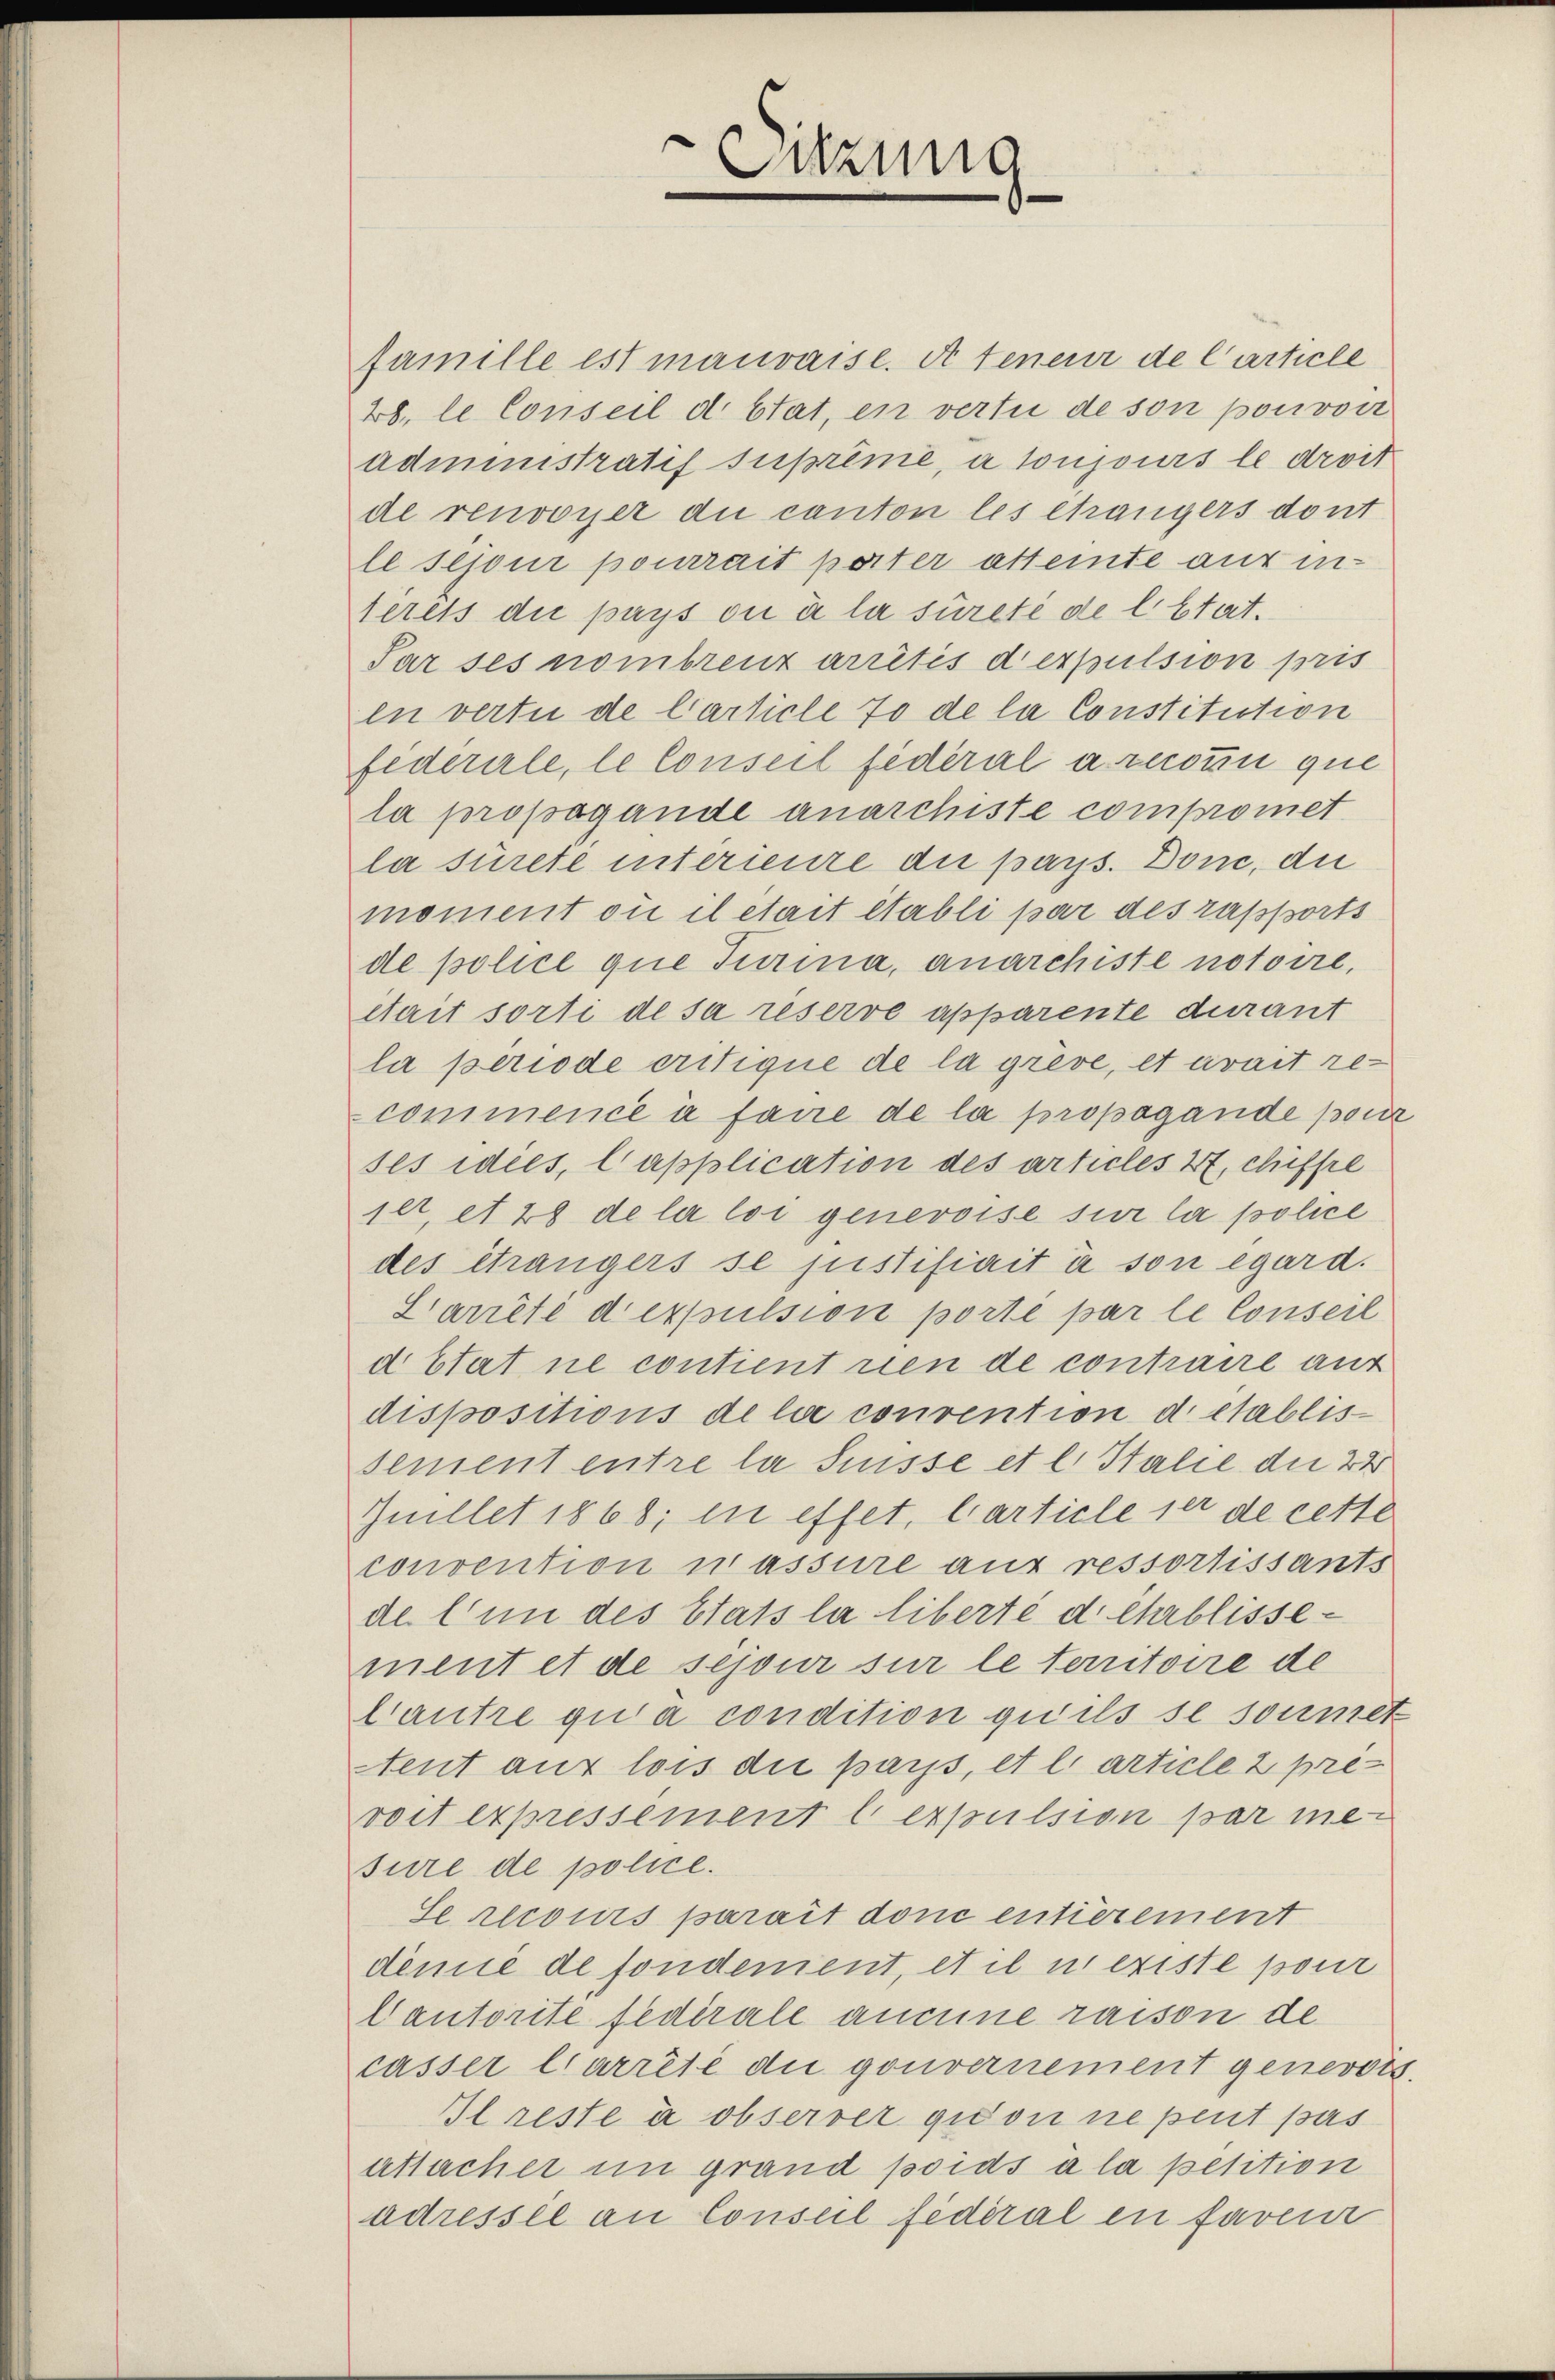
Sitzung
e

famille est mauvaise. A teneur de Carticle
28, le Conseil d. stat, en vertu de son pouvoir
administratif suprime, à toujours le droit
de renvoyer die canton les étrangers dont
le sejour pourrait parter atteinte aus inserets die pays ou à la sureté de l. Stat.
Par ses nombreuz arrêtés dexpulsion pris
in vertu de Carticle 70 de la Constitution
federale, le Conseil fédéral arccoin que
la propagande anarchiste compromet
la surete interieure die pays. Done, die
moment ou il était établi par des rapports
de police que Turina, anarchiste notoire,
était sorti de sa reserve apparente durant
la periode critique de la grève, et avait re-
commence à faire de la propagande pour
ses dies, lapplication des articles 47, chiffre
jet, et 28 de la loi genevoise sur la police
des étrangers se justifiait à son égard.
Larrête dexpulsion porté par le Conseil
d Etat ne contient nen de contraire auf
dispositions de le convention detablis
sement entre la Suisse et l. Stalie die 22
Imillet 1868; in effet, Carticle ser de cette
convention wassure aus ressortissants
de l’un des Stats la liberte d. Chablissement et de sejour sur le territoire de
lantre quia condition qu’ils se sonnet
Neut aus lois die pays, et l. article 2 pre-
voit expressement lexpulsion par mesure de police.
Se recours parait done entierement
demie de fondement, et il er existe pour
Cantorite fédérale aucune raison de
casser Carrêté du gouvernement genevois.
Il reste à observer gidon ne peut pas
attacher in grand poids à la petition
adressée an Conseil fédéral en faveur